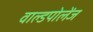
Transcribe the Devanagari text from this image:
वाल्डपोलेंज